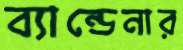
ব্যান্ডেনার